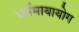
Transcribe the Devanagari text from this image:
धर्ममायायोग